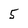
Character: 5